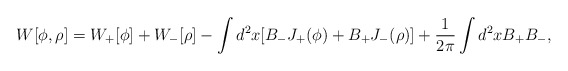
\begin{align*}W[\phi, \rho ]=W_+[\phi ]+W_-[\rho ]-\int d^2x[B_-J_+(\phi )+B_+J_-(\rho)]+{1\over{2\pi}}\int d^2x B_+B_-,\end{align*}